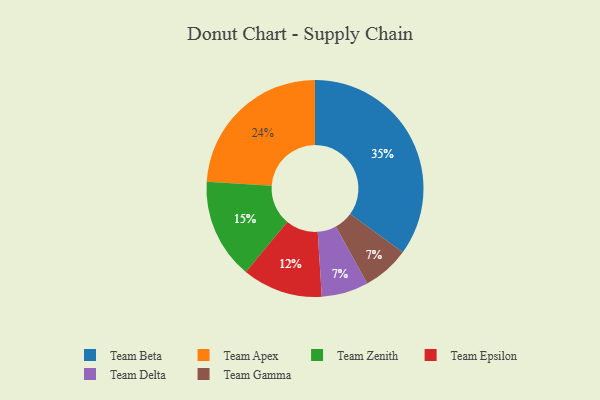
{"axis": {"x": "Category", "y": "Percentage"}, "legend": ["Team Apex", "Team Beta", "Team Delta", "Team Epsilon", "Team Gamma", "Team Zenith"], "data": [{"x": "Team Delta", "y": 7, "type": "Team Delta"}, {"x": "Team Apex", "y": 24, "type": "Team Apex"}, {"x": "Team Beta", "y": 35, "type": "Team Beta"}, {"x": "Team Zenith", "y": 15, "type": "Team Zenith"}, {"x": "Team Gamma", "y": 7, "type": "Team Gamma"}, {"x": "Team Epsilon", "y": 12, "type": "Team Epsilon"}]}